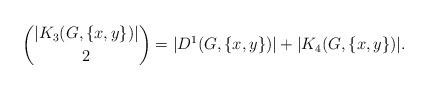
LaTeX: \begin{align*}\binom{|K_3(G,\{x,y\})|}{2}=|D^{1}(G,\{x,y\})|+|K_4(G,\{x,y\})|. \end{align*}